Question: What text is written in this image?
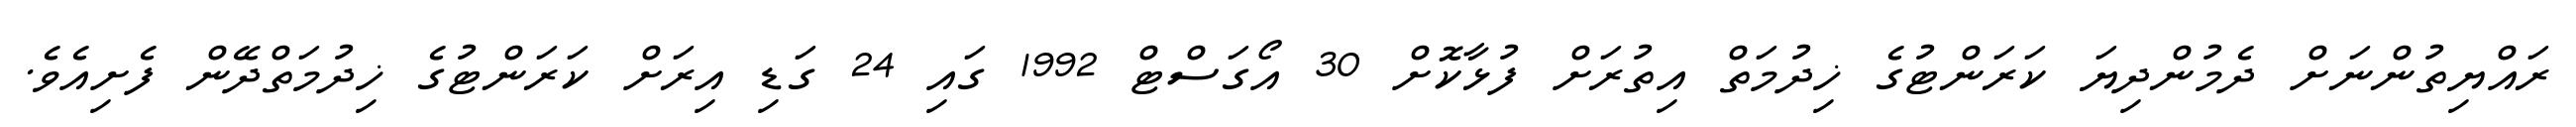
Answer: ރައްޔިތުންނަށް ދެމުންދިޔަ ކަރަންޓުގެ ޚިދުމަތް އިތުރަށް ފުޅާކޮށް 30 އޯގަސްޓް 1992 ގައި 24 ގަޑި އިރަށް ކަރަންޓުގެ ޚިދުމަތްދޭން ފެށިއެވެ.